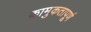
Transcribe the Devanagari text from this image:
कामुकतापूर्ण